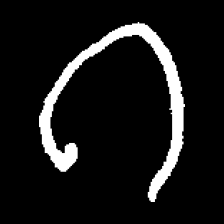
Pyu character \u2014 Myanmar letter: ဂ (romanized: ga)